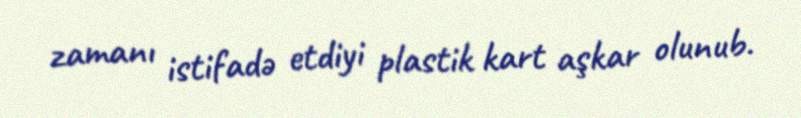
zamanı istifadə etdiyi plastik kart aşkar olunub.